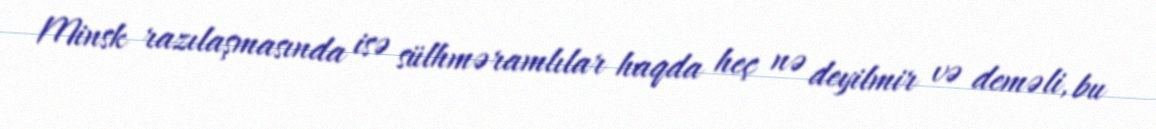
Minsk razılaşmasında isə sülhməramlılar haqda heç nə deyilmir və deməli, bu